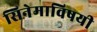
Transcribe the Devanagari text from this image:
सिनेमाविषयी